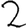
Digit: 2